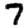
Digit: 7